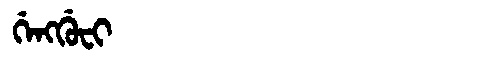
Manchu: ᡤᡝᠩᡤᡠᠸᡳ
Romanization: GENGGUFI